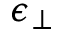
\epsilon _ { \perp }